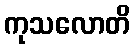
ကုသလောတိ